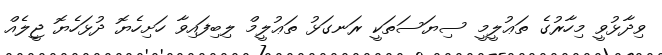
ވިދާޅުވީ މިހާރުގެ ތަޢުލީމީ ސިޔަސަތަކީ ރަނގަޅު ތަޢުލީމް ލިބިފައިވާ ހަށިހެޔޮ ދުޅަހެޔޮ ޖީލެއް